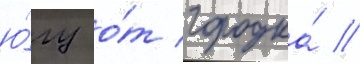
ю́гу о́т городка́ //